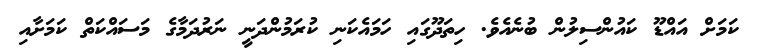
ކަމަށް އައްޑޫ ކައުންސިލުން ބުނެއެވެ. ހިތަދޫގައި ހަމައެކަނި ކުރަމުންދަނީ ނަރުދަމާގެ މަސައްކަތް ކަމަށާއި